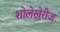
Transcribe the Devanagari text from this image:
शोलेखेरीज